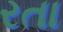
રતા